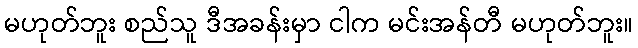
မဟုတ်ဘူး စည်သူ ဒီအခန်းမှာ ငါက မင်းအန်တီ မဟုတ်ဘူး။